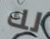
لك